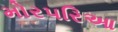
મોરપરિઆ